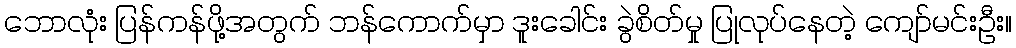
ဘောလုံး ပြန်ကန်ဖို့အတွက် ဘန်ကောက်မှာ ဒူးခေါင်း ခွဲစိတ်မှု ပြုလုပ်နေတဲ့ ကျော်မင်းဦး။